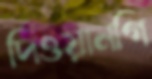
দিওয়ানগি